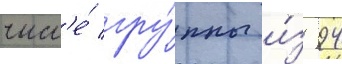
числ'е́ гру́ппы и́з 94